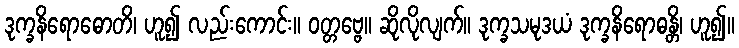
ဒုက္ခနိရောဓောတိ၊ ဟူ၍ လည်းကောင်း။ ဝတ္တဗ္ဗေ။ ဆိုလိုလျက်။ ဒုက္ခသမုဒယံ ဒုက္ခနိရောဓန္တိ၊ ဟူ၍။